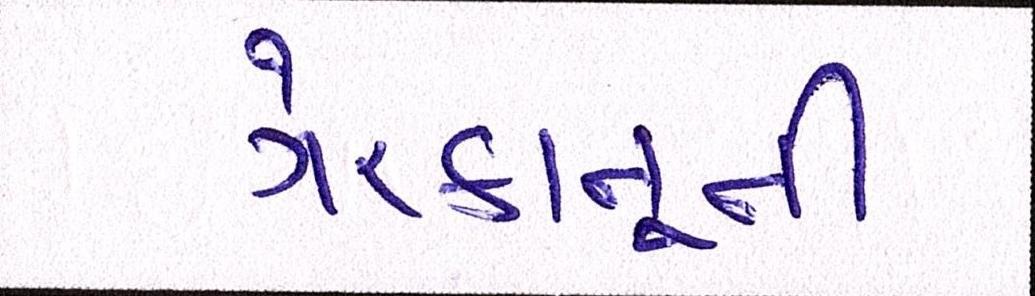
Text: ગેરકાનૂની